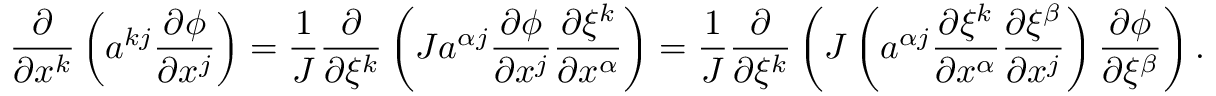
\frac { \partial } { \partial x ^ { k } } \left( a ^ { k j } \frac { \partial \phi } { \partial x ^ { j } } \right) = \frac { 1 } { J } \frac { \partial } { \partial \xi ^ { k } } \left( J a ^ { \alpha j } \frac { \partial \phi } { \partial x ^ { j } } \frac { \partial \xi ^ { k } } { \partial x ^ { \alpha } } \right) = \frac { 1 } { J } \frac { \partial } { \partial \xi ^ { k } } \left( J \left( a ^ { \alpha j } \frac { \partial \xi ^ { k } } { \partial x ^ { \alpha } } \frac { \partial \xi ^ { \beta } } { \partial x ^ { j } } \right) \frac { \partial \phi } { \partial \xi ^ { \beta } } \right) .